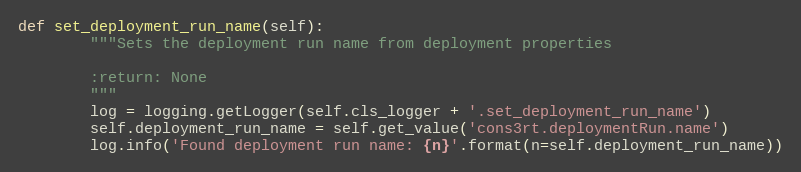
Language: Python
def set_deployment_run_name(self):
        """Sets the deployment run name from deployment properties

        :return: None
        """
        log = logging.getLogger(self.cls_logger + '.set_deployment_run_name')
        self.deployment_run_name = self.get_value('cons3rt.deploymentRun.name')
        log.info('Found deployment run name: {n}'.format(n=self.deployment_run_name))